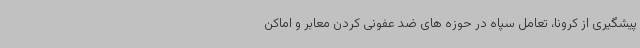
پیشگیری از کرونا، تعامل سپاه در حوزه های ضد عفونی کردن معابر و اماکن